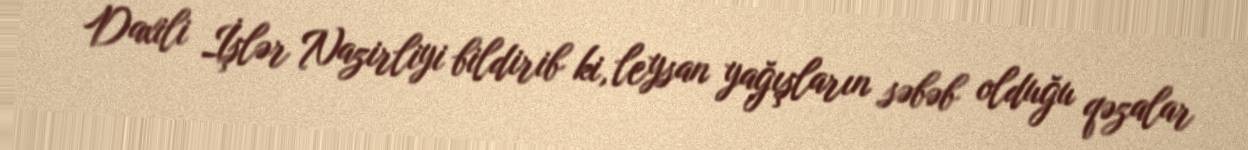
Daxili İşlər Nazirliyi bildirib ki, leysan yağışların səbəb olduğu qəzalar